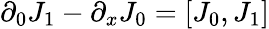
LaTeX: \partial_{0}J_{1}-\partial_{x}J_{0}=[J_{0},J_{1}]